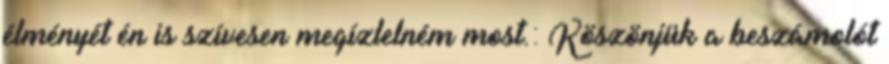
élményét én is szívesen megízlelném most.: Köszönjük a beszámolót